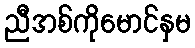
ညီအစ်ကိုမောင်နှမ